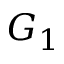
G _ { 1 }